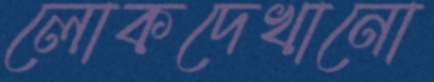
লোকদেখানো